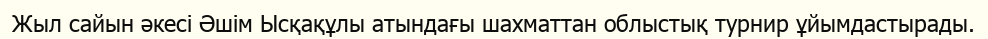
Жыл сайын әкесі Әшім Ысқақұлы атындағы шахматтан облыстық турнир ұйымдастырады.